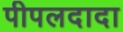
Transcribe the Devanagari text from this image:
पीपलदादा